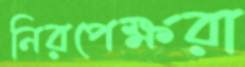
নিরপেক্ষরা